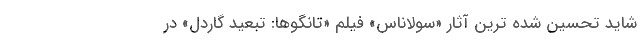
شاید تحسین شده ترین آثار «سولاناس» فیلم «تانگوها: تبعید گاردل» در